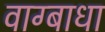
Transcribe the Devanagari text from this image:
वाग्बाधा